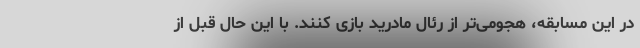
در این مسابقه، هجومی‌تر از رئال مادرید بازی کنند. با این حال قبل از